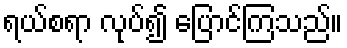
ရယ်စရာ လုပ်၍ ပြောင်ကြသည်။